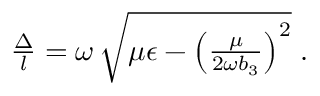
\begin{array} { r } { \frac { \Delta } { l } = \omega \, \sqrt { \mu \epsilon - \left( \frac { \mu } { 2 \omega b _ { 3 } } \right) ^ { 2 } } \; . } \end{array}